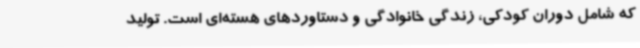
که شامل دوران کودکی، زندگی خانوادگی و دستاوردهای هسته‌ای است. تولید